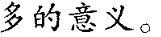
多的意义。